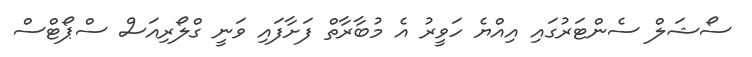
ސޯޝަލް ސެންޓަރުގައި އިއްޔެ ހަވީރު އެ މުބާރާތް ފަށާފައި ވަނީ ގްލޯރިއަސް ސްޕޯޓްސް